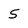
Character: 5